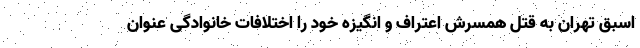
اسبق تهران به قتل همسرش اعتراف و انگیزه خود را اختلافات خانوادگی عنوان